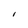
Character: i